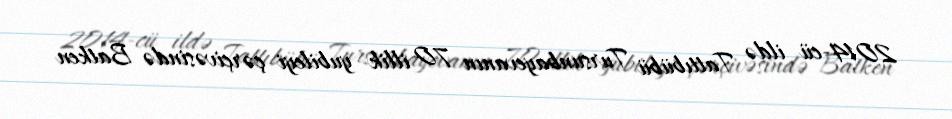
2014-cü ildə Tattıbübü Tursunbayevanın 70 illik yubileyi çərçivəsində Batken